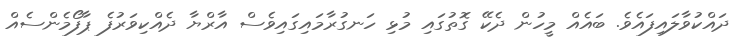
ދައްކުވާލައިފައެވެ. ބައެއް މީހުން ދެކޭ ގޮތުގައި މުޅި ހަނގުރާމައިގައިވެސް އާރްޔާ ދެއްކިވަރުފެ ޕާފޯމެންސެއް